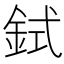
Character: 鉽